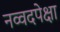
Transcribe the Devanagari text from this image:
नव्वदपेक्षा